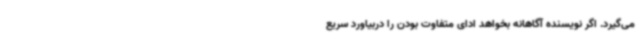
می‌گیرد. اگر نویسنده آگاهانه بخواهد ادای متفاوت بودن را دربیاورد سریع